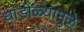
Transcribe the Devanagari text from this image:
धांडोळ्यामुळे